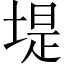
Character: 堤